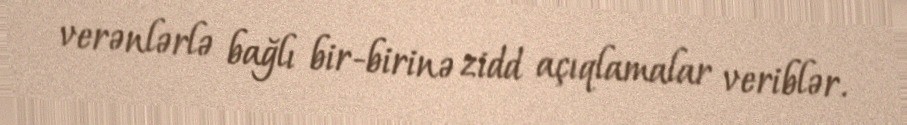
verənlərlə bağlı bir-birinə zidd açıqlamalar veriblər.